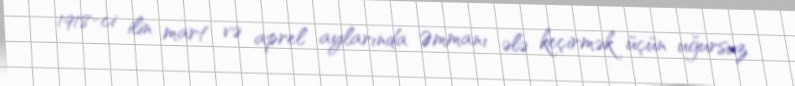
1918-ci ilin mart və aprel aylarında Əmmanı ələ keçirmək üçün uğursuz